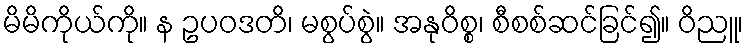
မိမိကိုယ်ကို။ န ဥပဝဒတိ၊ မစွပ်စွဲ။ အနုဝိစ္စ၊ စီစစ်ဆင်ခြင်၍။ ဝိညူ၊